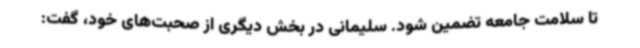
تا سلامت جامعه تضمین شود. سلیمانی در بخش دیگری از صحبت‌های خود، گفت: